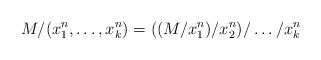
LaTeX: \begin{align*}M/(x_1^n, \dots, x_k^n) = ((M/x_1^n)/x_2^n)/\dots/x_k^n\end{align*}